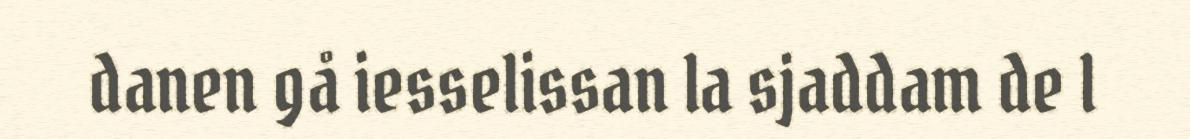
danen gå iesselissan la sjaddam de l